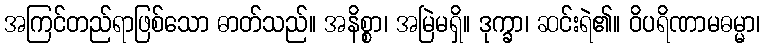
အကြင်တည်ရာဖြစ်သော ဓာတ်သည်။ အနိစ္စာ၊ အမြဲမရှိ။ ဒုက္ခာ၊ ဆင်းရဲ၏။ ဝိပရိဏာမဓမ္မာ၊